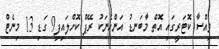
ވިއްސާ ކޮޓަރީގައި އޮތް މާބަނޑު އަންހެނަކު ރޭޕް ކޮށްލައިފި9 ގަޑި 13 މިނެޓް